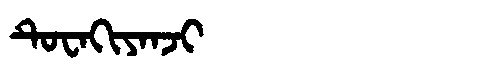
Manchu: ᡨᡠᠸᠠᡴᡳᠶᠠᠨᠵᡳ
Romanization: TUWAKIYANJI